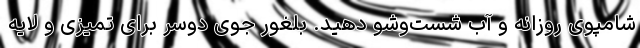
شامپوی روزانه و آب شست‌وشو دهید. بلغور جوی دوسر برای تمیزی و لایه